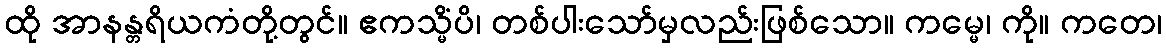
ထို အာနန္တရိယကံတို့တွင်။ ဧကသ္မိံပိ၊ တစ်ပါးသော်မှလည်းဖြစ်သော။ ကမ္မေ၊ ကို။ ကတေ၊